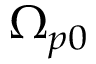
\Omega _ { p 0 }